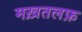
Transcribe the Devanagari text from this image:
मख़तलफ़